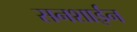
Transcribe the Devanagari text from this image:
सनशाईन